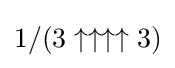
1/(3\uparrow \uparrow \uparrow \uparrow 3)